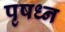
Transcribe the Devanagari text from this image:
पृषध्न